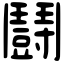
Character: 鬪